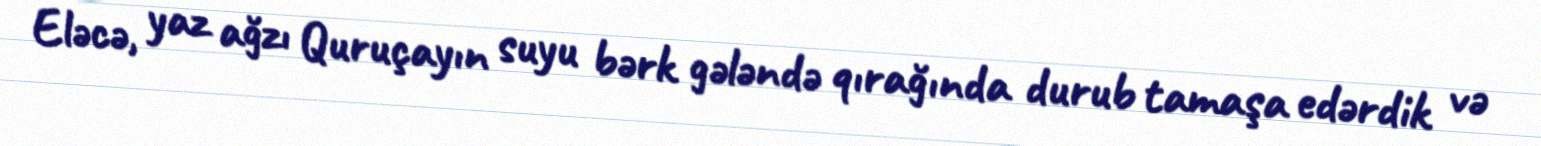
Eləcə, yaz ağzı Quruçayın suyu bərk gələndə qırağında durub tamaşa edərdik və